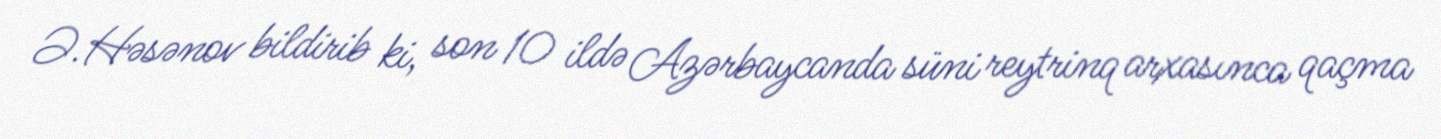
Ə.Həsənov bildirib ki, son 10 ildə Azərbaycanda süni reytrinq arxasınca qaçma